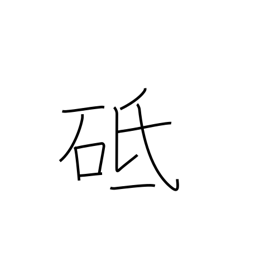
Meaning: whetstone